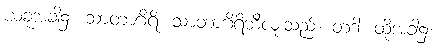
ယခုအခါ၌။ သာတာဂိရိ၊ သာတာဂိရိဘီလူးသည်။ တဒါ၊ ထိုအခါ၌။